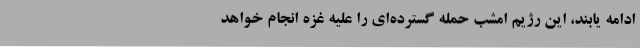
ادامه یابند، این رژیم امشب حمله گسترده‌ای را علیه غزه انجام خواهد